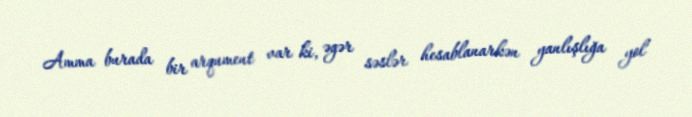
Amma burada bir arqument var ki, əgər səslər hesablanarkən yanlışlığa yol